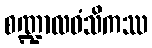
စဏ္ဍာလဝံသိကဿ